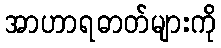
အာဟာရဓာတ်များကို